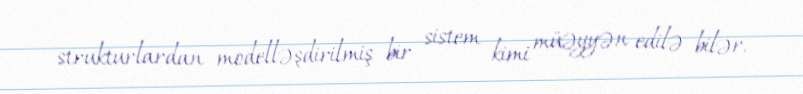
strukturlardan modelləşdirilmiş bir sistem kimi müəyyən edilə bilər.